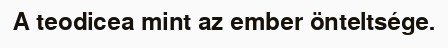
A teodicea mint az ember önteltsége.